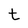
Character: t